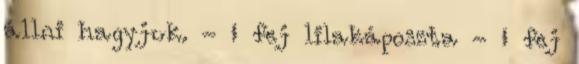
állni hagyjuk. - ½ fej lilakáposzta - ½ fej